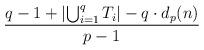
LaTeX: \begin{align*}\frac{q-1 + \left|\bigcup_{i=1}^{q} T_{i} \right| - q\cdot d_{p}(n)}{p-1}\end{align*}